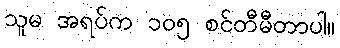
သူမ အရပ်က ၁၀၅ စင်တီမီတာပါ။